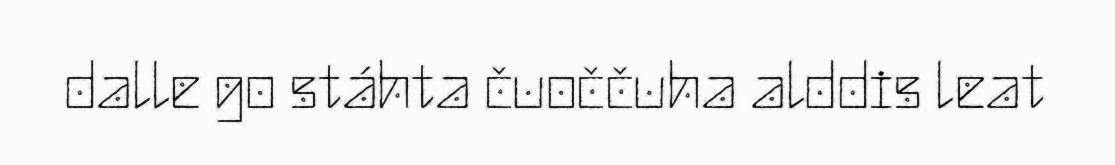
dalle go stáhta čuoččuha alddis leat